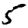
Digit: 5